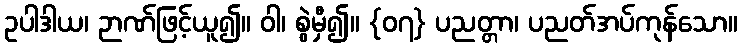
ဥပါဒါယ၊ ဉာဏ်ဖြင့်ယူ၍။ ဝါ၊ စွဲမှီ၍။ {၀၇} ပညတ္တာ၊ ပညတ်အပ်ကုန်သော။